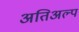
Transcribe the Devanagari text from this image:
अतिअल्प